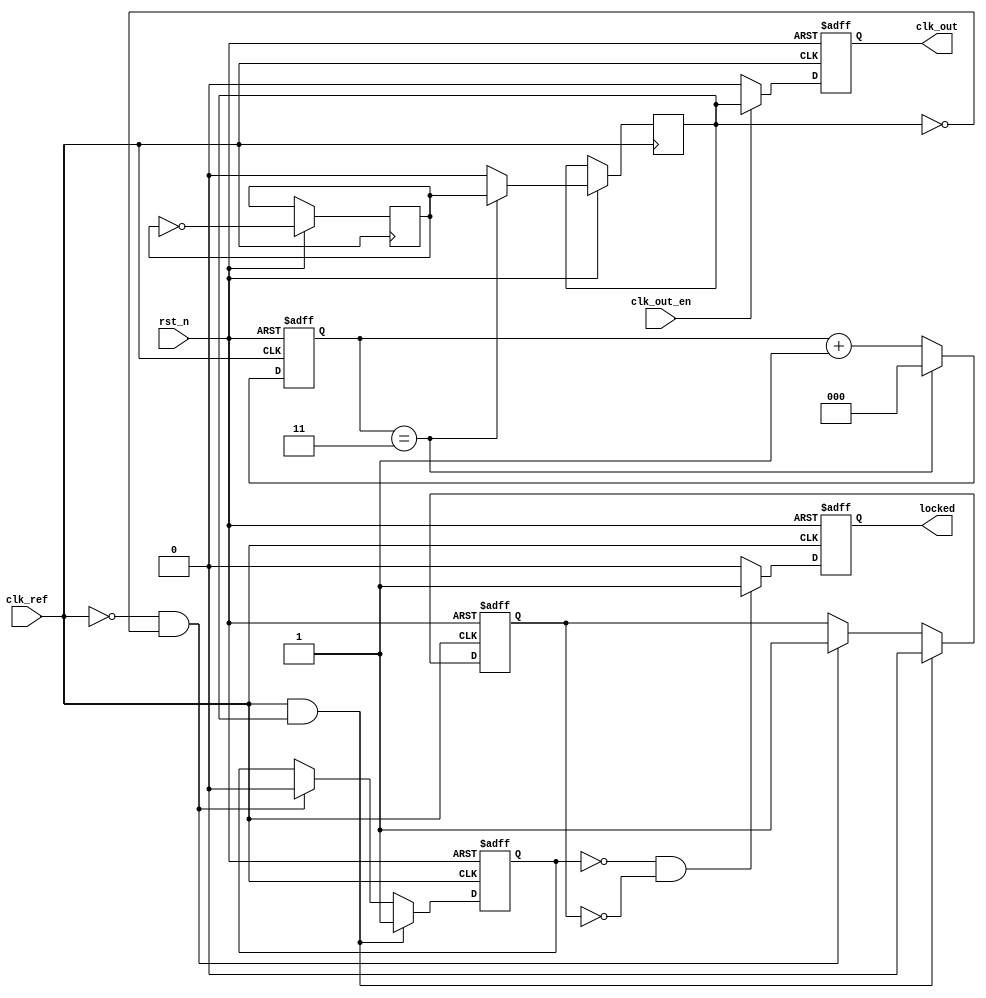
module integer_n_pll (
    input wire clk_ref,          // Reference Clock
    input wire rst_n,           // Active low reset
    input wire clk_out_en,      // Enable output clock
    output reg clk_out,         // Output Clock
    output reg locked           // PLL locked status
);

// Parameters
parameter N = 4;               // Division factor
parameter VCO_MAX_FREQ = 100;  // Maximum VCO frequency
parameter VCO_MIN_FREQ = 10;    // Minimum VCO frequency

// PFD Signals
reg pfd_up;
reg pfd_down;

// Charge Pump Signals
reg [7:0] cp_current;          // Charge pump output current
reg [7:0] cp_control_voltage;   // Control voltage from CP

// Loop Filter
reg [7:0] loop_filter_output;   // Filtered control voltage

// VCO
reg [7:0] vco_frequency;        // VCO frequency
reg vco_clk;

// Divider
reg [2:0] divider_count;        // Divider counter
reg clk_div;

// Memory Block for frequency setting
reg [3:0] setting_memory;       // Memory to store division factor N

// Control Logic
always @(posedge clk_ref or negedge rst_n) begin
    if (!rst_n) begin
        // Reset all signals
        pfd_up <= 0;
        pfd_down <= 0;
        cp_current <= 0;
        cp_control_voltage <= 0;
        loop_filter_output <= 0;
        vco_frequency <= 0;
        clk_out <= 0;
        locked <= 0;
        divider_count <= 0;
        setting_memory <= N;  // Initialize with N
    end else begin
        // Phase Frequency Detector Logic
        if (clk_ref && clk_div) begin
            pfd_up <= 1;  // Reference clock is leading
            pfd_down <= 0;
        end else if (!clk_ref && !clk_div) begin
            pfd_up <= 0;
            pfd_down <= 1;  // Output clock is leading
        end

        // Charge Pump Logic
        if (pfd_up) begin
            cp_current <= cp_current + 1;
        end else if (pfd_down) begin
            cp_current <= cp_current - 1;
        end

        // Loop Filter Logic (simple first-order filter)
        loop_filter_output <= loop_filter_output + cp_current;

        // VCO Logic
        if (loop_filter_output < VCO_MIN_FREQ) begin
            vco_frequency <= VCO_MIN_FREQ;
        end else if (loop_filter_output > VCO_MAX_FREQ) begin
            vco_frequency <= VCO_MAX_FREQ;
        end else begin
            vco_frequency <= loop_filter_output;
        end

        // VCO Clock Generation
        vco_clk <= !vco_clk; // Toggle VCO clock

        // N-Divider Logic
        if (divider_count == N-1) begin
            clk_div <= vco_clk;  // Output clock after N cycles
            divider_count <= 0;
        end else begin
            clk_div <= 0;
            divider_count <= divider_count + 1;
        end

        // Output Clock Generation
        if (clk_out_en) begin
            clk_out <= clk_div;
        end else begin
            clk_out <= 0; // Disable the clock if not enabled
        end

        // Lock Detection (basic logic)
        if (pfd_up == 0 && pfd_down == 0) begin
            locked <= 1;  // PLL is locked when no UP or DOWN signals are detected
        end else begin
            locked <= 0;
        end
    end
end

endmodule